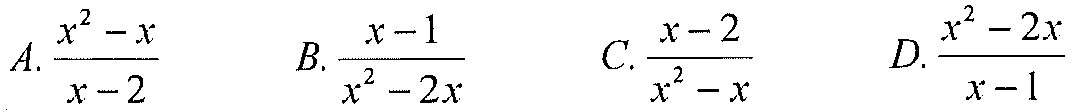
\[
A.\frac{x^{2}-x}{x - 2}\quad
B.\frac{x - 1}{x^{2}-2x}\quad
C.\frac{x - 2}{x^{2}-x}\quad
D.\frac{x^{2}-2x}{x - 1}
\]